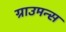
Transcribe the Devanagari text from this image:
ग्राउमन्स